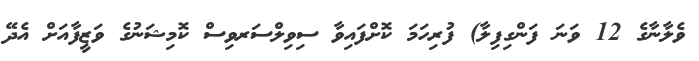
ވެލާނާގެ 12 ވަނަ ފަންގިފިލާ) ފުރިހަމަ ކޮށްފައިވާ ސިވިލްސަރވިސް ކޮމިޝަނުގެ ވަޒީފާއަށް އެދޭ